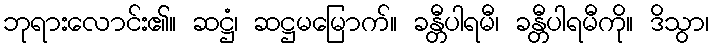
ဘုရားလောင်း၏။ ဆဋ္ဌံ၊ ဆဋ္ဌမမြောက်။ ခန္တီပါရမီ၊ ခန္တီပါရမီကို။ ဒိသွာ၊